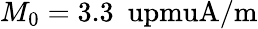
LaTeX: M_{0}=3.3~\mathrm{\ upmuA/m}